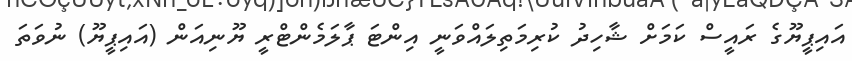
އައިޕީޔޫގެ ރައީސް ކަމަށް ޝާހިދު ކުރިމަތިލައްވަނީ އިންޓަ ޕާލަމެންޓްރީ ޔޫނިއަން (އައިޕީޔޫ) ނުވަތަ